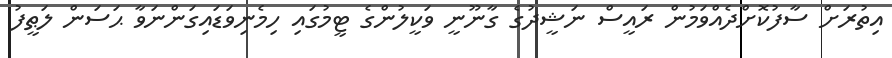
އިތުރަށް ސާފުކޮށްދެއްވަމުން ރައީސް ނަޝީދުގެ ގާނޫނީ ވަކީލުންގެ ޓީމުގައި ހިމެނިވަޑައިގަންނަވާ ޙަސަން ލަޠީފު